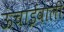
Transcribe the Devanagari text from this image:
ऊंचाईवाली